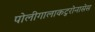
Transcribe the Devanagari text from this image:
पोलीगालाकटुरोनासेस